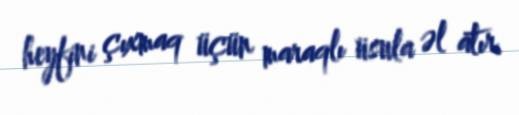
heyfini çıxmaq üçün maraqlı üsula əl atır.